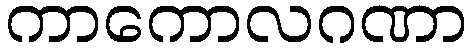
ကာကောလဂဏာ